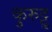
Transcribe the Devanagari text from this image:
कुरुट्टु